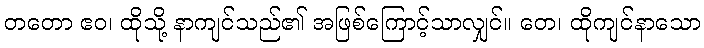
တတော ဧဝ၊ ထိုသို့ နာကျင်သည်၏ အဖြစ်ကြောင့်သာလျှင်။ တေ၊ ထိုကျင်နာသော